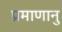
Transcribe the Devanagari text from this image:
प्रमाणानु